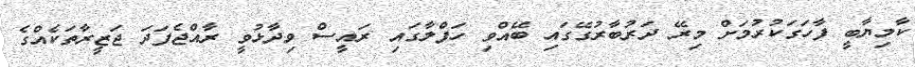
ކާމިޔާބީ ފާހަގަކުރުމަށް މިރޭ ދަރުބާރުގޭގައި ބޭއްވި ހަފްލާގައި ރައީސް ވިދާޅުވީ ރާއްޖެފަދަ ޖަޒީރާތަކެއްގެ